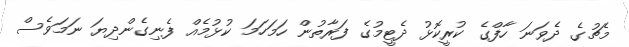
މެޗުގެ ދެވަނަ ހާފްގެ ކުރީކޮޅު ދެޓީމުގެ ފަރާތުން ހަމަހަމަ ކުޅުމެއް ފެނިގެންދިޔަ ނަމަވެސް